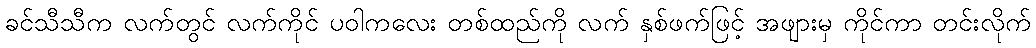
ခင်သီသီက လက်တွင် လက်ကိုင် ပဝါကလေး တစ်ထည်ကို လက် နှစ်ဖက်ဖြင့် အဖျားမှ ကိုင်ကာ တင်းလိုက်